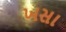
ખસા